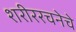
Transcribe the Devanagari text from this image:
शरीररचनेचे